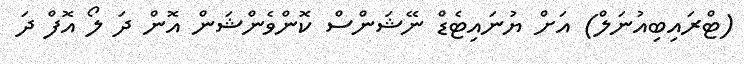
(ޓްރައިބިއުނަލް) އަށް ޔުނައިޓެޑް ނޭޝަންސް ކޮންވެންޝަން އޮން ދަ ލޯ އޮފް ދަ